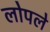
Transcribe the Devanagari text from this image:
लोपले